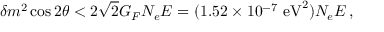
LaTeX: \delta m ^ { 2 } \cos 2 \theta < 2 \sqrt 2 G _ { F } N _ { e } E = ( 1 . 5 2 \times 1 0 ^ { - 7 } \mathrm { ~ e V } ^ { 2 } ) N _ { e } E \, ,